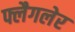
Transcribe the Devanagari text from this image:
फ्लैगलेर